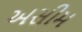
અસીમ